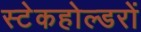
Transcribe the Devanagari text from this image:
स्टेकहोल्डरों